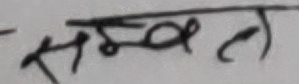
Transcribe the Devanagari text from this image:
सम्भवत